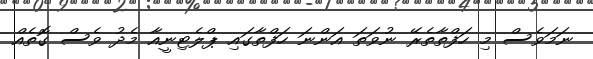
ނަމަވެސް މި ހަފްތާތެރޭ ނުވަތަ އަންނަ ހަފްތާގައި ޕްލެޓިނީއާ މެދު ވެސް ގޮތެއް